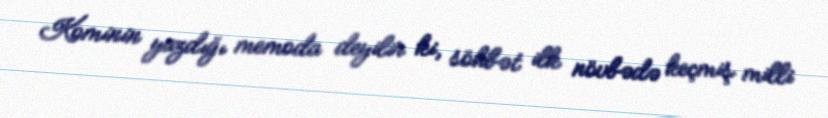
Kominin yazdığı memoda deyilir ki, söhbət ilk növbədə keçmiş milli